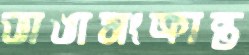
ভাঙাসংক্রান্ত